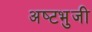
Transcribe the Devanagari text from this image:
अष्‍टभुजी